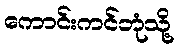
ကောင်းကင်ဘုံသို့